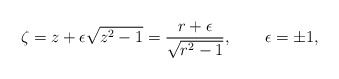
\begin{align*}\zeta =z+\epsilon\sqrt {z^2-1}=\frac {r+\epsilon}{\sqrt {r^2-1}},\qquad\epsilon =\pm 1,\end{align*}